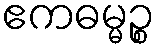
ဧကဓမ္မဉ္စ